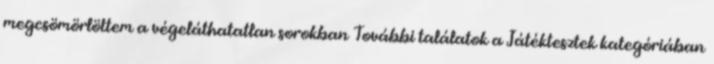
megcsömörlöttem a végeláthatatlan sorokban További találatok a Játéktesztek kategóriában